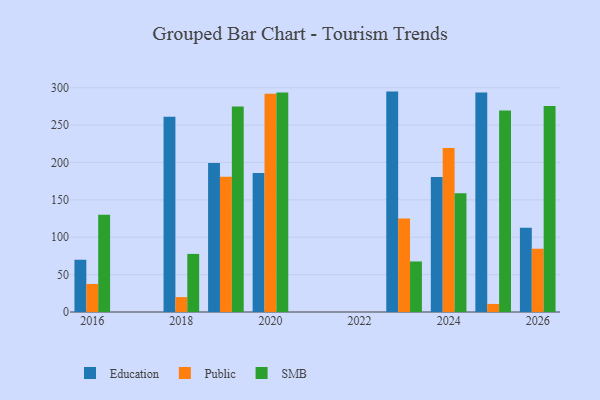
{"axis": {"x": "Year", "y": "Satisfaction Score"}, "legend": ["Education", "Public", "SMB"], "data": [{"x": "2020", "y": 185.8, "type": "Education"}, {"x": "2020", "y": 292.0, "type": "Public"}, {"x": "2020", "y": 293.6, "type": "SMB"}, {"x": "2016", "y": 69.9, "type": "Education"}, {"x": "2016", "y": 37.5, "type": "Public"}, {"x": "2016", "y": 130.1, "type": "SMB"}, {"x": "2023", "y": 294.8, "type": "Education"}, {"x": "2023", "y": 125.2, "type": "Public"}, {"x": "2023", "y": 67.6, "type": "SMB"}, {"x": "2024", "y": 180.7, "type": "Education"}, {"x": "2024", "y": 219.5, "type": "Public"}, {"x": "2024", "y": 158.7, "type": "SMB"}, {"x": "2018", "y": 261.0, "type": "Education"}, {"x": "2018", "y": 19.9, "type": "Public"}, {"x": "2018", "y": 77.7, "type": "SMB"}, {"x": "2026", "y": 112.6, "type": "Education"}, {"x": "2026", "y": 84.6, "type": "Public"}, {"x": "2026", "y": 275.6, "type": "SMB"}, {"x": "2025", "y": 293.7, "type": "Education"}, {"x": "2025", "y": 10.8, "type": "Public"}, {"x": "2025", "y": 269.6, "type": "SMB"}, {"x": "2019", "y": 199.2, "type": "Education"}, {"x": "2019", "y": 180.9, "type": "Public"}, {"x": "2019", "y": 274.8, "type": "SMB"}]}